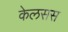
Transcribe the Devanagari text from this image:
केलसस